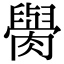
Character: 𦡭